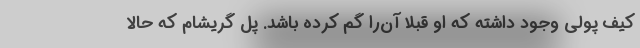
کیف پولی وجود داشته که او قبلا آن‌را گم کرده باشد. پل گریشام که حالا